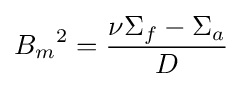
{B_{m}}^{2}={\frac {\nu \Sigma _{f}-\Sigma _{a}}{D}}